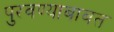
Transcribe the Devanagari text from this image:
पुरवण्याबाबत